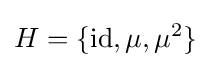
H=\{{\text{id}},\mu ,\mu ^{2}\}